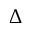
\Delta